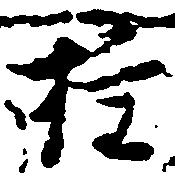
権